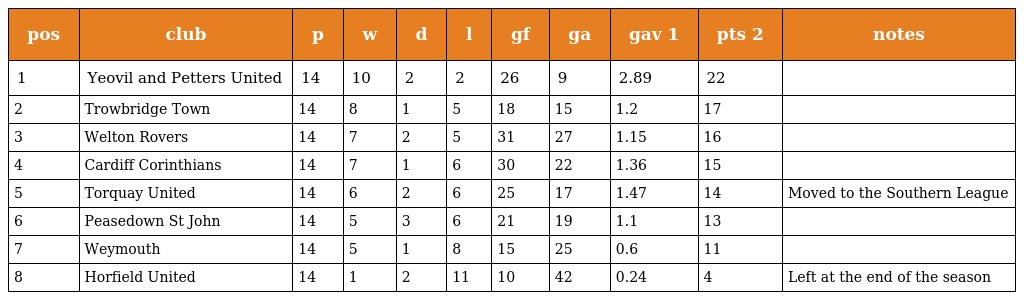
| pos | club | p | w | d | l | gf | ga | gav 1 | pts 2 | notes |
 | --- | --- | --- | --- | --- | --- | --- | --- | --- | --- | --- |
 | 1 | Yeovil and Petters United | 14 | 10 | 2 | 2 | 26 | 9 | 2.89 | 22 |  |
 | 2 | Trowbridge Town | 14 | 8 | 1 | 5 | 18 | 15 | 1.2 | 17 |  |
 | 3 | Welton Rovers | 14 | 7 | 2 | 5 | 31 | 27 | 1.15 | 16 |  |
 | 4 | Cardiff Corinthians | 14 | 7 | 1 | 6 | 30 | 22 | 1.36 | 15 |  |
 | 5 | Torquay United | 14 | 6 | 2 | 6 | 25 | 17 | 1.47 | 14 | Moved to the Southern League |
 | 6 | Peasedown St John | 14 | 5 | 3 | 6 | 21 | 19 | 1.1 | 13 |  |
 | 7 | Weymouth | 14 | 5 | 1 | 8 | 15 | 25 | 0.6 | 11 |  |
 | 8 | Horfield United | 14 | 1 | 2 | 11 | 10 | 42 | 0.24 | 4 | Left at the end of the season |